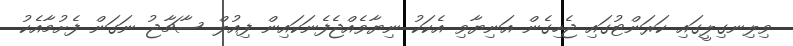
ވިލިނގިލީގައި ކަރަންޓުގައި ޖެހިގެން އަނިޔާވި އެކަކު ނިޔާވެއްޖެފެނަކައިން ފިއުލް ސާޗާޖު ނަގަން ފެށުމާއެކު